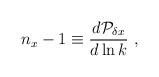
LaTeX: \begin{align*}n_x-1 \equiv {d{\cal P}_{\delta x} \over d\ln k} \ ,\end{align*}